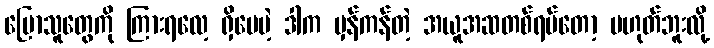
ပြောသူတွေကို ကြားရလေ့ ရှိပေမဲ့ ဒါက မှန်ကန်တဲ့ အယူအဆတစ်ရပ်တော့ မဟုတ်ဘူးလို့